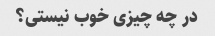
در چه چیزی خوب نیستی؟